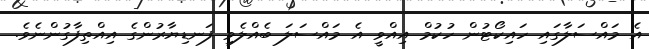
އެ މައްސަލާގައި ހައިކޯޓުން ހުކުމް އިއްވީ އެ މައްސަލަ ބެއްލެވި ފަނޑިޔާރުންގެ އިއްތިފާގުންނެވެ.